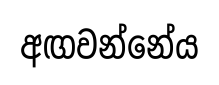
අඟවන්නේය